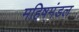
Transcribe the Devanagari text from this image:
महिषमंडल